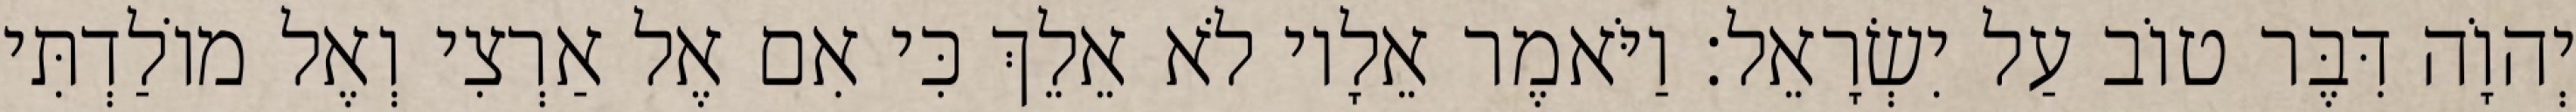
יְהוָֹה דִּבֶּר טוֹב עַל יִשְׂרָאֵל׃ וַיֹּאמֶר אֵלָיו לֹא אֵלֵךְ כִּי אִם אֶל אַרְצִי וְאֶל מוֹלַדְתִּי